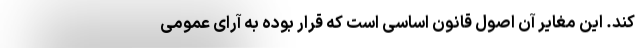
کند. این مغایر آن اصول قانون اساسی است که قرار بوده به آرای عمومی